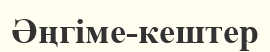
Әңгіме-кештер